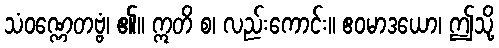
သံဝဏ္ဏေတဗ္ဗံ၊ ၏။ ဣတိ စ၊ လည်းကောင်း။ ဧဝမာဒယော၊ ဤသို့